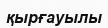
қырғауылы